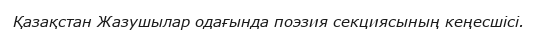
Қазақстан Жазушылар одағында поэзия секциясының кеңесшісі.